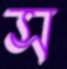
স